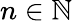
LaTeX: n\in\mathbb{N}